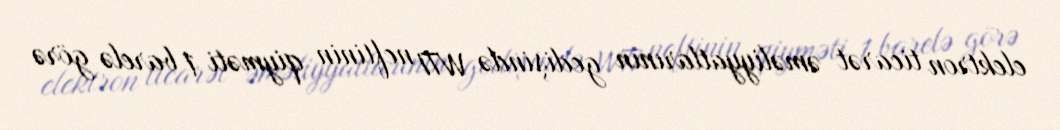
elektron ticarət əməliyyatlarının gedişində WTI neftinin qiyməti 1 barelə görə